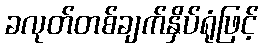
ခလုတ်တစ်ချက်နှိပ်ရုံဖြင့်